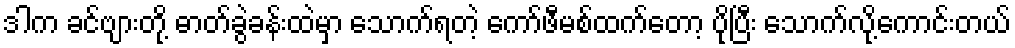
ဒါက ခင်ဗျားတို့ ဓာတ်ခွဲခန်းထဲမှာ သောက်ရတဲ့ ကော်ဖီမစ်ထက်တော့ ပိုပြီး သောက်လို့ကောင်းတယ်